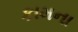
કામના